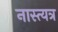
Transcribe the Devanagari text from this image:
नास्त्यत्र